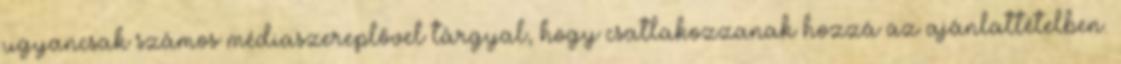
ugyancsak számos médiaszereplővel tárgyal, hogy csatlakozzanak hozzá az ajánlattételben.